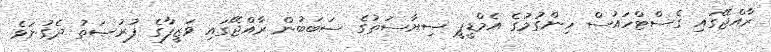
ރާއްޖޭގައި ގެސްޓްހައުސް ހިންގުމުގެ އެމްޑީޕީ ސިޔާސަތުގެ ސަބަބުން ރާއްޖޭގައި ވަޒީފާގެ ފުރުޞަތު ދެގުނަވެ